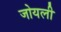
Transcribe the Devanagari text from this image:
जोयली